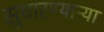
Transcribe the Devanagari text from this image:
सुधारण्याऱ्या